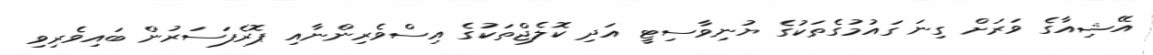
އޭޝިއާގެ ވަރަށް ގިނަ ގައުމުގެތަކުގެ ޔުނިވާސިޓީ އަދި ކޮލެޖްތަކުގެ އިސްވެރިންނާއި ޕޮރެފަސަރުން ބައިވެރިވި